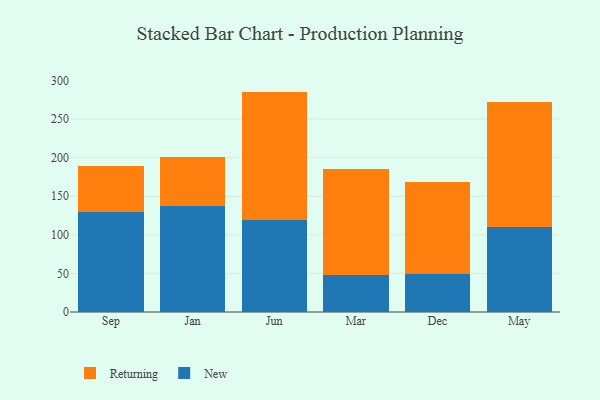
{"axis": {"x": "Month", "y": "Demand Index"}, "legend": ["New", "Returning"], "data": [{"x": "Sep", "y": 129.1, "type": "New"}, {"x": "Sep", "y": 59.7, "type": "Returning"}, {"x": "Jan", "y": 137.6, "type": "New"}, {"x": "Jan", "y": 63.8, "type": "Returning"}, {"x": "Jun", "y": 119.6, "type": "New"}, {"x": "Jun", "y": 166.0, "type": "Returning"}, {"x": "Mar", "y": 47.6, "type": "New"}, {"x": "Mar", "y": 137.5, "type": "Returning"}, {"x": "Dec", "y": 49.7, "type": "New"}, {"x": "Dec", "y": 119.2, "type": "Returning"}, {"x": "May", "y": 110.1, "type": "New"}, {"x": "May", "y": 162.3, "type": "Returning"}]}